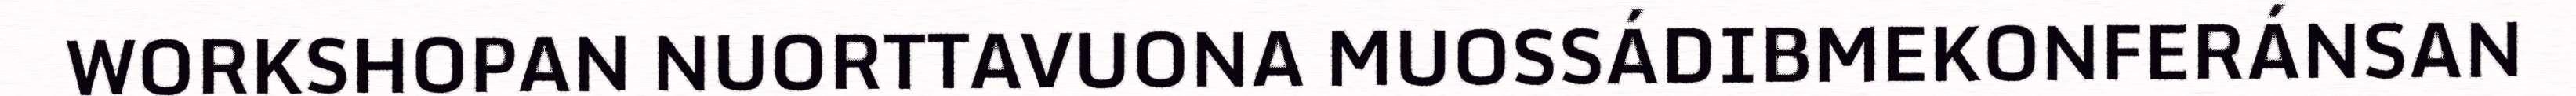
WORKSHOPAN NUORTTAVUONA MUOSSÁDIBMEKONFERÁNSAN